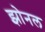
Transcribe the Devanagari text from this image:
झोनल